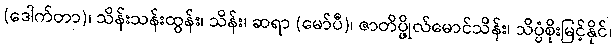
(ဒေါက်တာ)၊ သိန်းသန်းထွန်း၊ သိန်း၊ ဆရာ (မော်ပီ)၊ ဇာတိပ္ဖိုလ်မောင်သိန်း၊ သိပ္ပံစိုးမြင့်နိုင်၊